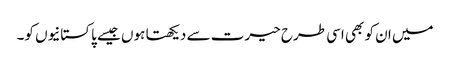
میں ان کو بھی اسی طرح حیرت سے دیکھتا ہوں جیسے پاکستانیوں کو۔